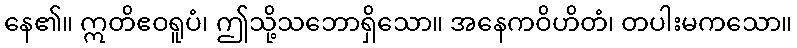
နေ၏။ ဣတိဧဝရူပံ၊ ဤသို့သဘောရှိသော။ အနေကဝိဟိတံ၊ တပါးမကသော။